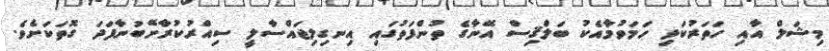
މިޝަލް އާއި ހަތަރުކަޅި ހަމަވުމާއެކު ބަލްޤިސް އޭނާގެ ތުންފަތުގައި އިނގިލިޖައްސާލީ ސިއްރުކުރާށޭބުނާފަދަ ގޮތަކަށެވެ.